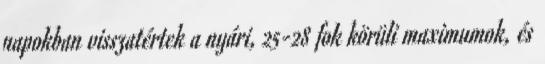
napokban visszatértek a nyári, 25-28 fok körüli maximumok, és